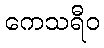
ကေသရီဝ